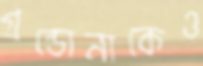
গ্রন্ডোনাকেও